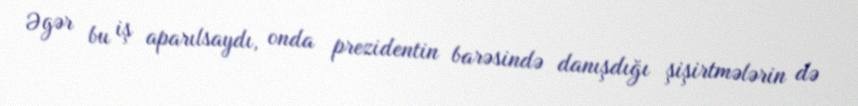
Əgər bu iş aparılsaydı, onda prezidentin barəsində danışdığı şişirtmələrin də